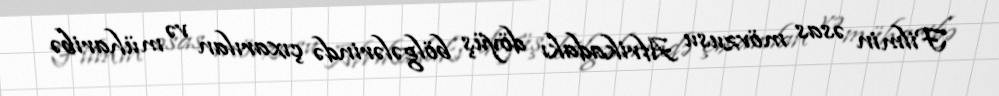
Filmin əsas mövzusu Afrikadakı döyüş bölgələrində çıxarılan və müharibə